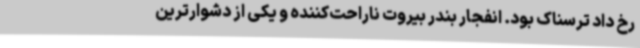
رخ داد ترسناک بود. انفجار بندر بیروت ناراحت‌کننده و یکی از دشوارترین